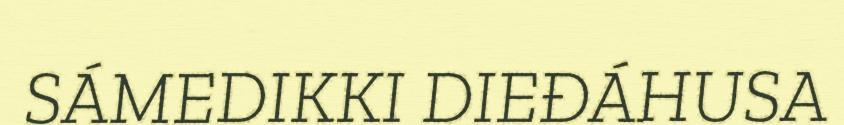
SÁMEDIKKI DIEĐÁHUSA